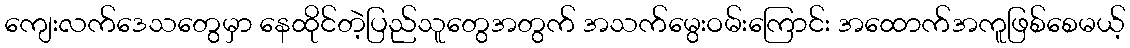
ကျေးလက်ဒေသတွေမှာ နေထိုင်တဲ့ပြည်သူတွေအတွက် အသက်မွေးဝမ်းကြောင်း အထောက်အကူဖြစ်စေမယ့်